Vital statistics of India. Vol. IV, Annual returns from 1871 to 1876. British Army of India, Native Army and jails of Bengal
Year: 1871
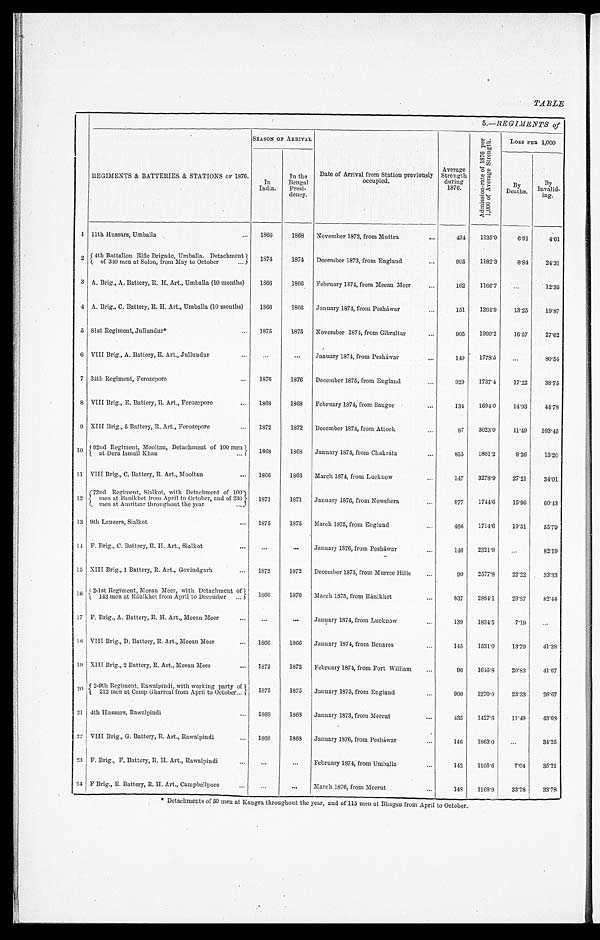
TABLE
5.—REGIMENTS of
REGIMENTS & BATTERIES & STATIONS OF 1876,
SEASON OF ARRIVAL
Date of Arrival from Station previously
occupied.
Average
Strength
during
1876.
A d m i s s i o n - r a t e o f 1 8 7 6 p e r 1 , 0 0 0 o f A v e r a g e S t r e n g t h .
Loss PER 1,000
In
India.
In the
Bengal
Presi-
dency.
By
Deaths.
By
Invalid- ing.
1 11th Hussars, Umballa
... 1866
1868 November 1872, from Muttra
...
434
1135.9
6.91
4.61
2
4th Battalion Rifle Brigade, Umballa. Detachment
1 8 7 4
1874 December 1873, from England
. . .
905
1182.3
8.84
24'31
of 340 men at Solon, from May to October
. . .
3 A. Brig., A. Battery, R. H. Art., Umballa (10 months)
1866
1866 February 1874, from Meean Meer
. . .
162
1166.7
...
12.35
4 A. Brig., C. Battery, R. H. Art., Umballa (10 months)
1866
1866 January 1874, from Pesháwar
..
...
1 5 1 1264.9
13.25
19.87
5 81st Regiment, Jullundur*
. . .
1875
1875 November 1874, from Gibraltar
...
905
1960.2
16.57
27.62
6 VIII Brig., A. Battery, R. Art., Jullundur
. . .
. . .
...
January 1874, from Pesháwar
...
149 1778.5
...
80.54
7 34th Regiment, Ferozepore
...
1876
1876 December 1875, from England
...
9 2 9 1737.4
17.22
38.75
8 VIII Brig., E. Battery, R. Art., Ferozepore
...
1868
1868 February 1874, from Saugor
. . .
134
1694.0
14.93
44.78
9 XIII Brig., 5 Battery, R. Art., Ferozepore
...
1872
1872 December 1874, from Attock
...
87
3023.0
11.49
103.45
10 92nd Regiment, Mooltan, Detachment of 100 men
1868
1868 January 1874, from Chakráta
...
855
1801.2
9.36
15.20
at Dera Ismail Khan
. . .
11 VIII Brig., C. Battery, R. Art., Mooltan
... 1866
1866 March 1874, from Luknow
. . .
147
3278.9
27.21
34.01
12
72nd Regiment, Sialkot, with Detachment of 100
men at Banikhet from April to October, and of 236
1871
1871 January 1876, from Nowshera
.. .
877
1744.6
15.96
60.43
men at Amritsar throughout the year
...
13 9th Lancers, Sialkot
...
1875
1875 March 1875, from England
. . .
4 6 6 1714.6
19.31
55.79
14 F. Brig., C. Battery, R.H.. Art., Sialkot
. . .
. . .
...
January 1875, from Pesháwar
...
1 4 6 2321.9
...
82.19
15 XIII Brig., 1 Battery, R. Art., Govindgarh
...
1872
1872 December 1875, from Murree Hills
...
90
2577.8
22.22
33.33
16 2-1st Regiment, Meean Meer, with Detachment of
1866
1870 March 1875, from Ránikhet
. . .
837
2884.1
29.87
82.44
143 men at RáNIKHET from April to December ...
17 F. Brig., A. Battery, R. H. Art., Meean Meer
...
. . .
...
January 1874, from Lucknow
...
139
1834.5
7.19
...
18 VIII Brig., D. Battery, R. Art., Meean Meer
...
1866
1866 January 1874, from Benares
...
1 4 5 1531.0
13.79
41.38
19 XIII Brig., 2 Battery, R. Art., Meean Meer
. . . 1872
1872 February 1874, from Fort William
...
96
1645.8
20.83
41.67
20
2 - 9 t h R e g i m e n t , R a w a l p i n d i , w i t h w o r k i n g p a r t y o f 1875
1875 January 1875, from England
...
900
1270'0
23'33
26'67
212 men at Camp Gharreal from April to October ...
21 4th Hussars, Rawalpindi
... 1868
1868
January 1873, from Meerut
...
4 3 5 1427.6
11.49
43.68
22 VIII Brig., G. Battery, R. Art., Rawalpindi
...
1868
1868 January 1876, from Pesháwar
. . .
1 4 6 1863.0
...
34.25
23 F. Brig., F, Battery, R. II. Art., Rawalpindi
. . .
. . .
...
February 1874, front Umballa
...
142
1105.6
7.04
35.21
24 F Brig., E. Battery, R. II. Art., Campbellpore
...
...
...
March 1876, from Meerut
...
1 4 8 1168.9
33.78
33.78
‫٭‬ Detachments of 50 men at Kan g ra throughout the year, and of 115 men at Bhagsu from April to October.